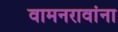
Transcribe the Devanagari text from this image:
वामनरावांना